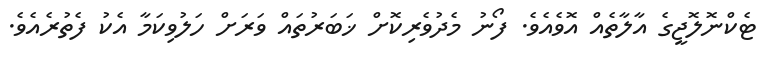
ޓެކްނޮލޮޖީގެ އާލާތެއް އޮވެއެވެ. ފޯނު މެދުވެރިކޮށް ޚަބަރުތައް ވަރަށް ހަލުވިކަމާ އެކު ފެތުރެއެވެ.